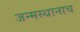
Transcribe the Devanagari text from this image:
जन्मस्थानाच